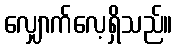
လျှောက်လေ့ရှိသည်။